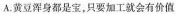
A.黄豆浑身都是宝，只要加工就会有价值